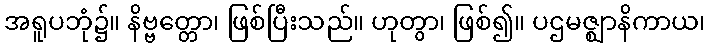
အရူပဘုံ၌။ နိဗ္ဗတ္တော၊ ဖြစ်ပြီးသည်။ ဟုတွာ၊ ဖြစ်၍။ ပဌမဇ္ဈာနိကာယ၊